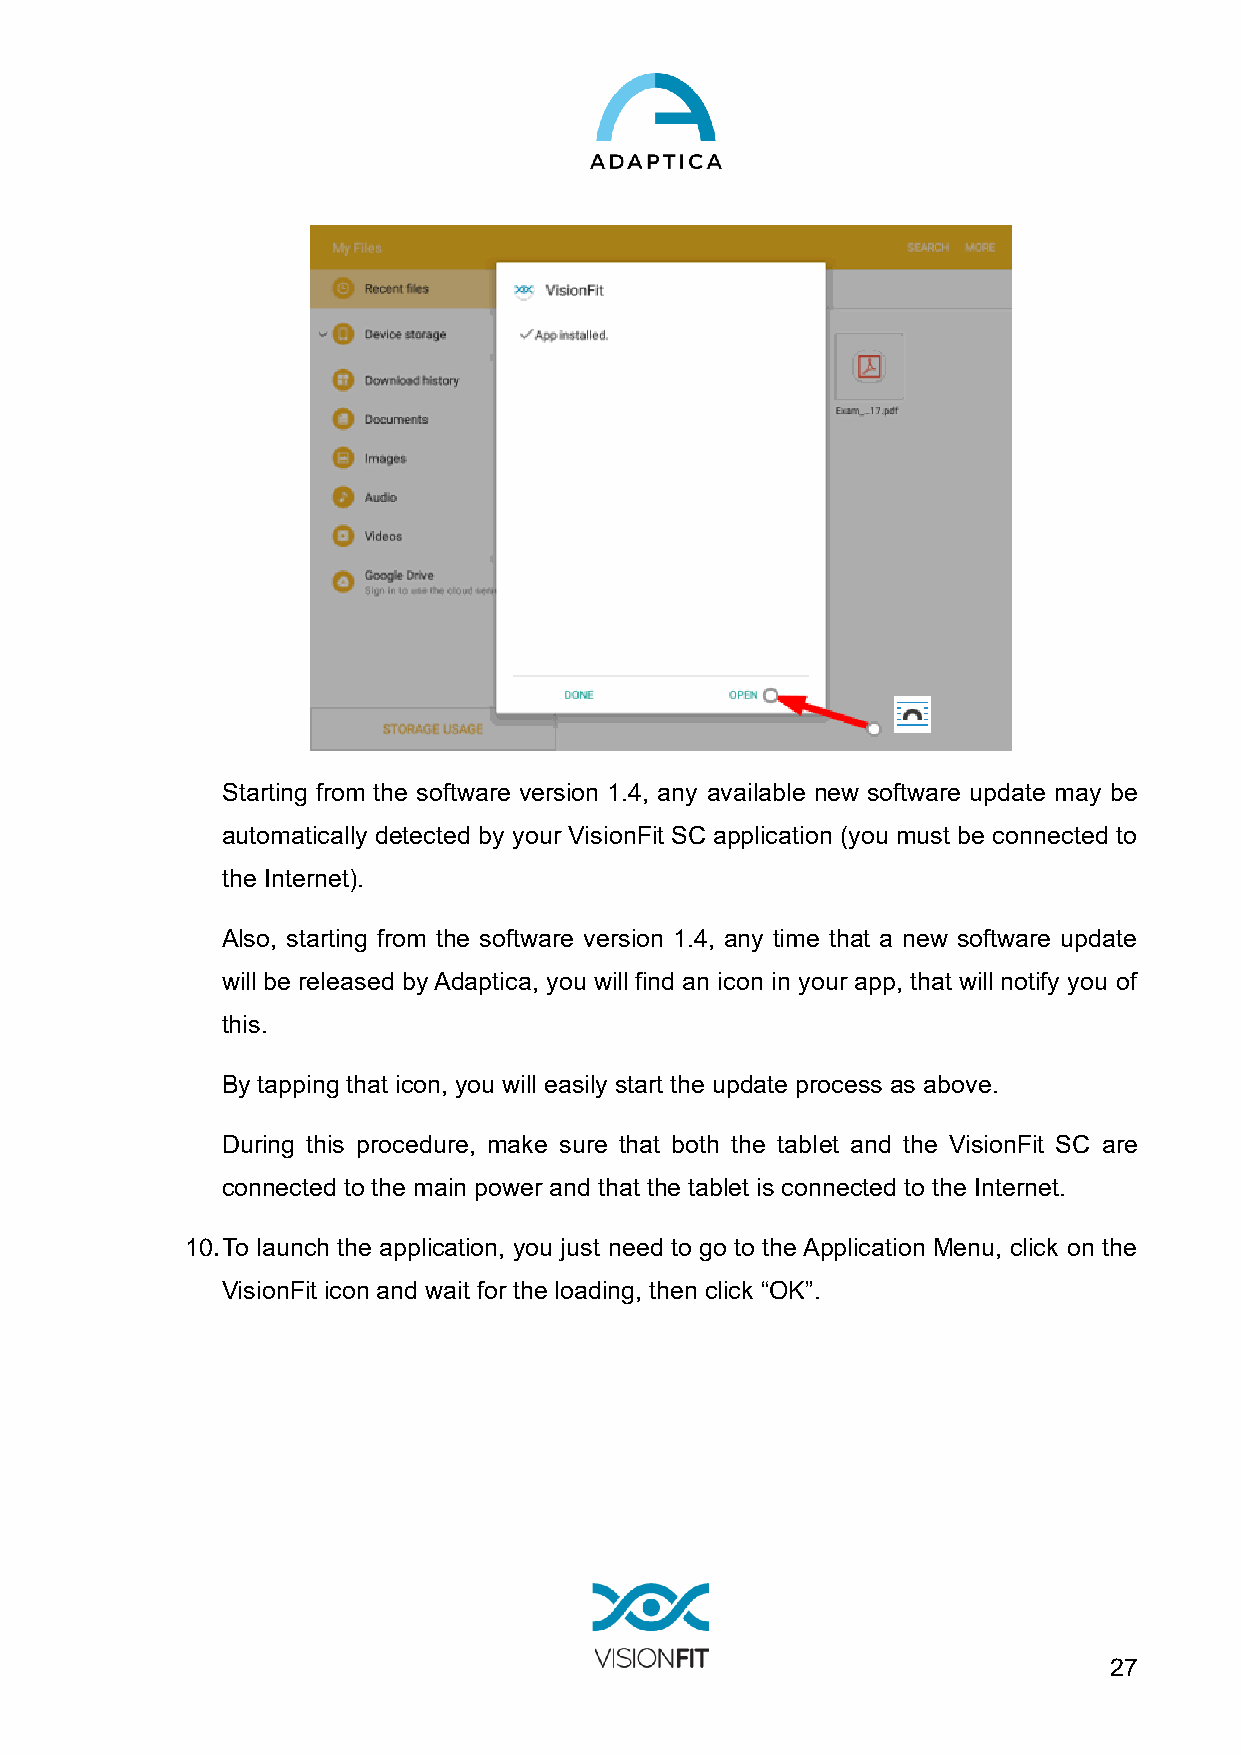
Starting from the software version 1.4, any available new software update may be
 automatically detected by your VisionFit SC application (you must be connected to
 the Internet).
 Also, starting from the software version 1.4, any time that a new software update
 will be released by Adaptica, you will find an icon in your app, that will notify you of
 this.
 By tapping that icon, you will easily start the update process as above.
 During this procedure, make sure that both the tablet and the VisionFit SC are
 connected to the main power and that the tablet is connected to the Internet.
 10. To launch the application, you just need to go to the Application Menu, click on the
 VisionFit icon and wait for the loading, then click “OK”.
 27